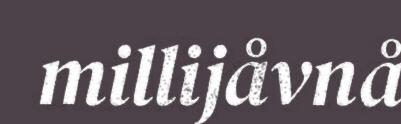
millijåvnå